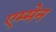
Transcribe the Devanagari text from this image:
एम्मेन